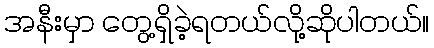
အနီးမှာ တွေ့ရှိခဲ့ရတယ်လို့ဆိုပါတယ်။